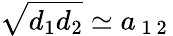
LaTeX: \sqrt{d_{1}d_{2}}\simeq a_{\mathrm{~1~2~}}